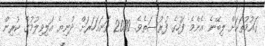
ގައުމުތަކަށް ލިބޭނެ އެންމެ ފަހުގެ ފުރުސަތެވެ. 2030 ވަނައަހަރަށް ދުނިޔެ އަލިވިލުމުގެ ކުރިން